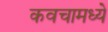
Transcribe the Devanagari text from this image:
कवचामध्ये